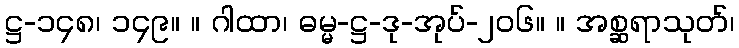
ဋ္ဌ-၁၄၈၊ ၁၄၉။ ။ ဂါထာ၊ ဓမ္မ-ဋ္ဌ-ဒု-အုပ်-၂၀၆။ ။ အစ္ဆရာသုတ်၊